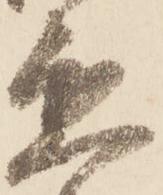
懇